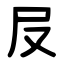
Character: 㞋